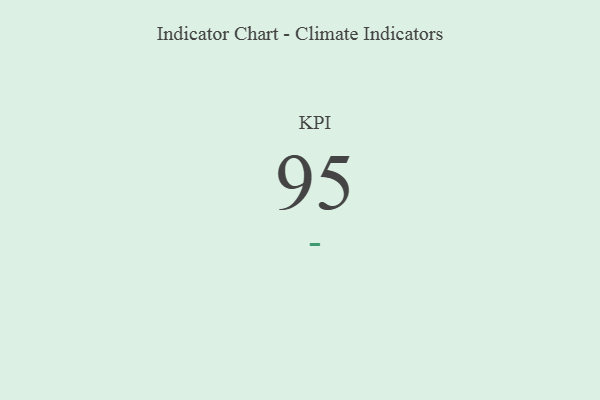
{"axis": {"x": "KPI", "y": "Value"}, "legend": [""], "data": [{"x": "KPI", "y": 95, "type": ""}]}